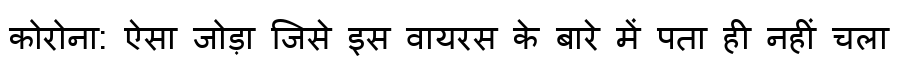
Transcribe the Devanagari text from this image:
कोरोना: ऐसा जोड़ा जिसे इस वायरस के बारे में पता ही नहीं चला